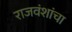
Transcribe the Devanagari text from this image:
राजवंशांचा